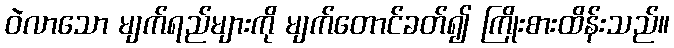
ဝဲလာသော မျက်ရည်များကို မျက်တောင်ခတ်၍ ကြိုးစားထိန်းသည်။